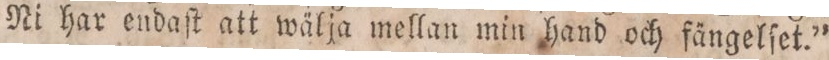
Ni har endaſt att wälja mellan min hand och fängelſet.”